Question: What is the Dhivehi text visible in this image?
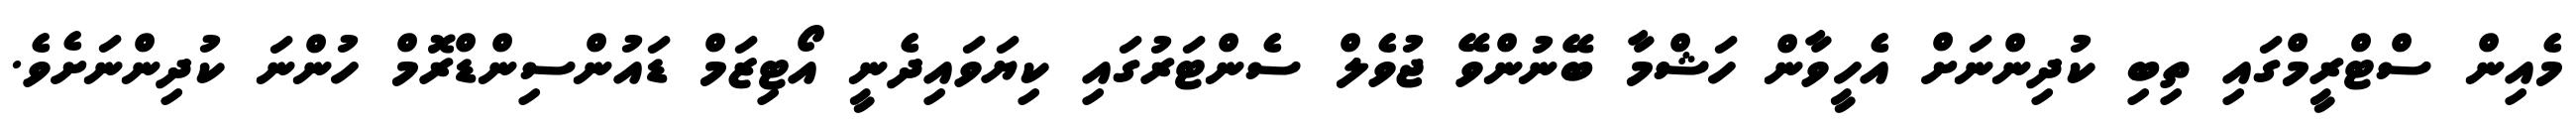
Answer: މެއިން ސްޓްރީމްގައި ތިބި ކުދިންނަށް އެހީވާން ހަޝްމާ ބޭނުންވޭ ޖުވެލް ސެންޓަރުގައި ކިޔަވައިދެނީ އޯޓިޒަމް ޑައުންސިންޑްރޮމް ހުންނަ ކުދިންނަށެވެ.